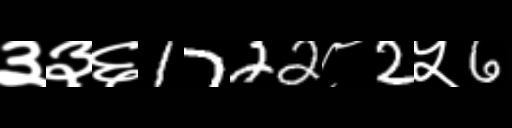
Text: ३३६1722८2५6